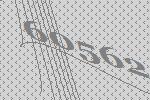
60562